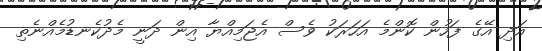
އަދި އޭގެ ފަހުން ކޮންމެ އަހަރަކު ވެސް އެޖަމިއްޔާ އިން ދަނީ މެދުކެނޑުމެއްނެތި